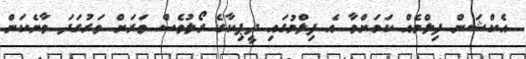
އެކްޝަން ފިލްމެއް ކަމަށްވާ އެ ފިލްމުގައި ދީޕިކާގެ ރޯލުވެސް ވަރަށް ވަރުގަދަ ވާނެކަން